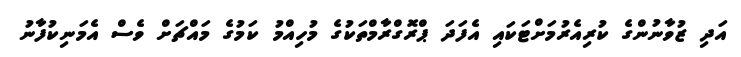
އަދި ޒުވާނުންގެ ކުރިއެރުމަށްޓަކައި އެފަދަ ޕްރޮގްރާމްތަކުގެ މުހިއްމު ކަމުގެ މައްޗަށް ވެސް އެމަނިކުފާނު